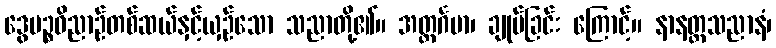
ဒွေပဉ္စဝိညာဉ်တစ်ဆယ်နှင့်ယှဉ်သော သညာတို့၏။ အတ္ထင်္ဂမာ၊ ချုပ်ခြင်း ကြောင့်။ နာနတ္တသညာနံ၊